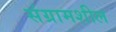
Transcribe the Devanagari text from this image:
संग्रामशील